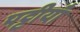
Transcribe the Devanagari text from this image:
पट्टीयाँ